system: You are a helpful assistant.
user:
Analyze the provided spectrum to determine if it is a **White Dwarf (WD)**.

A White Dwarf spectrum is defined by its **extreme purity** (due to gravitational settling) and/or **extreme pressure broadening** (due to high surface gravity). You must check for one of the following mutually exclusive signatures:

- **Key Visual Indicators (Check for ONE of these types):**

    - **1. DA-Type Signature (Most Common):**
        - **(Primary Feature):** Extreme pressure broadening (Stark broadening) of the **Hydrogen (H) Balmer lines**.
        - **(Key Lines):** $H\beta$ (approx. $4861$ Å) and $H\gamma$ (approx. $4340$ Å). $H\alpha$ (approx. $6563$ Å) will also be present if the wavelength range covers it.
        - **(Line Profile):** This is the **defining feature**. The lines are **NOT** sharp. They appear as massive, **extremely broad and deep "troughs" or "dips"** in the spectrum, often hundreds of Ångströms wide. The continuum will appear to "scoop" down at these wavelengths.
        - **(Distinction):** Normal A-type or B-type stars have *narrow* and *sharp* Hydrogen lines. A DA White Dwarf's lines are unmistakably "smeared" or "blurry" from pressure.

    - **2. DB-Type Signature:**
        - **(Primary Feature):** Broad absorption lines from **Neutral Helium (He I)**. The spectrum must lack any visible Hydrogen lines.
        - **(Key Lines):** Look for broad absorption near $4471$ Å, $4921$ Å, and $5876$ Å.
        - **(Line Profile):** These lines are also significantly pressure-broadened, appearing much wider than they would in a normal B-type main-sequence star.

    - **3. DC-Type Signature:**
        - **(Primary Feature):** A **featureless continuous spectrum**.
        - **(Line Profile):** The spectrum is a smooth curve with **no significant absorption or emission lines**.
        - **(Key Confirmation):** The continuum is almost always **blue or white**, indicating a hot object. This signature implies the atmosphere is so pure (or so cool) that no spectral lines are visible in the optical range. Its WD identity is confirmed by its extremely low intrinsic brightness (high absolute magnitude).

    - **4. DZ-Type Signature (Metal-Polluted):**
        - **(Primary Feature):** **Isolated, narrow metal absorption lines** on an otherwise featureless (DC-like) continuum.
        - **(Key Lines):** The **Calcium (Ca II) H & K doublet** (approx. **$3934$ Å** and **$3968$ Å**) is the most common and defining feature.
        - **(Line Profile):** These lines are "out of place." They are *not* part of a "forest" of thousands of lines. This signature is evidence of recent *accretion* (pollution) from rocky debris.
        - **(Distinction):** Normal G/K/M stars have a *dense forest* of thousands of metal lines. A DZ has a *clean* continuum with *only a few* strong metal lines.

    - **5. DQ-Type Signature (Carbon-Polluted):**
        - **(Primary Feature):** Absorption bands from **Carbon (C₂ "Swan Bands" or atomic C I)**.
        - **(Key Lines - C₂):** Look for bandheads with a "saw-tooth" shape near $5635$ Å, **$5165$ Å** (strongest), and $4737$ Å.
        - **(Key Confirmation):** The underlying **continuum must be blue or white** (hot).
        - **(Distinction):** This is the critical difference from a **Carbon Star**, which has the *exact same* C₂ bands but on an extremely **red, cool** continuum.

- **(Overall Spectrum):**
    - The continuum (overall shape) is typically **blue-sloping** (brighter in the blue than the red), as most white dwarfs are very hot.
    - The spectrum will look "pure" or "simple," dominated by only *one* of the five signatures listed above.

Think first, call **spectral_visualization_tool** if needed to examine features in detail, then provide your final answer. Your response must adhere to the following strict rules:
1.  **Overall Structure:** Your response must follow the format `<think>...</think> <tool_call>...</tool_call> (if a tool is used) <answer>...</answer>`.
2.  **Tool Usage Constraint:** You may only make **one** tool call per turn.
3.  **Final Answer Format:** In the `<answer>` tag, your conclusion must be inside a `\boxed{}` command (e.g., `\boxed{YES}` or `\boxed{NO}`), followed by your justification.

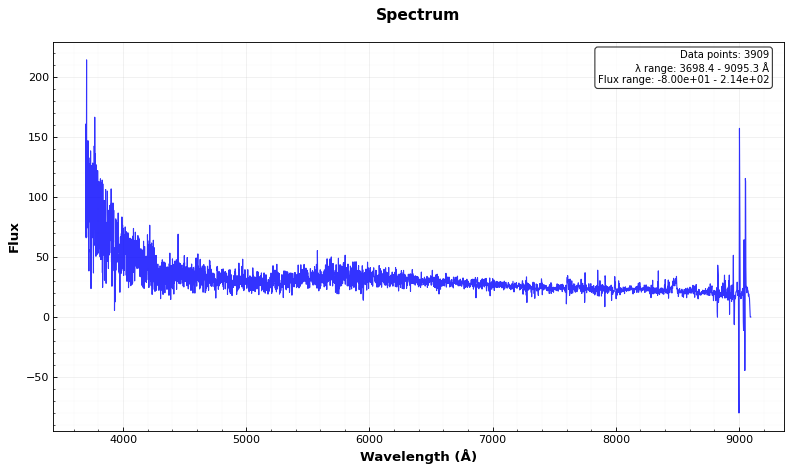
Answer: NO